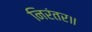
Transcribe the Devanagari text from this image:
निरंतर॥